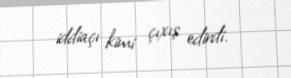
iddiaçı kimi çıxış edirdi.